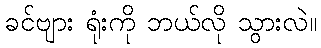
ခင်ဗျား ရုံးကို ဘယ်လို သွားလဲ။